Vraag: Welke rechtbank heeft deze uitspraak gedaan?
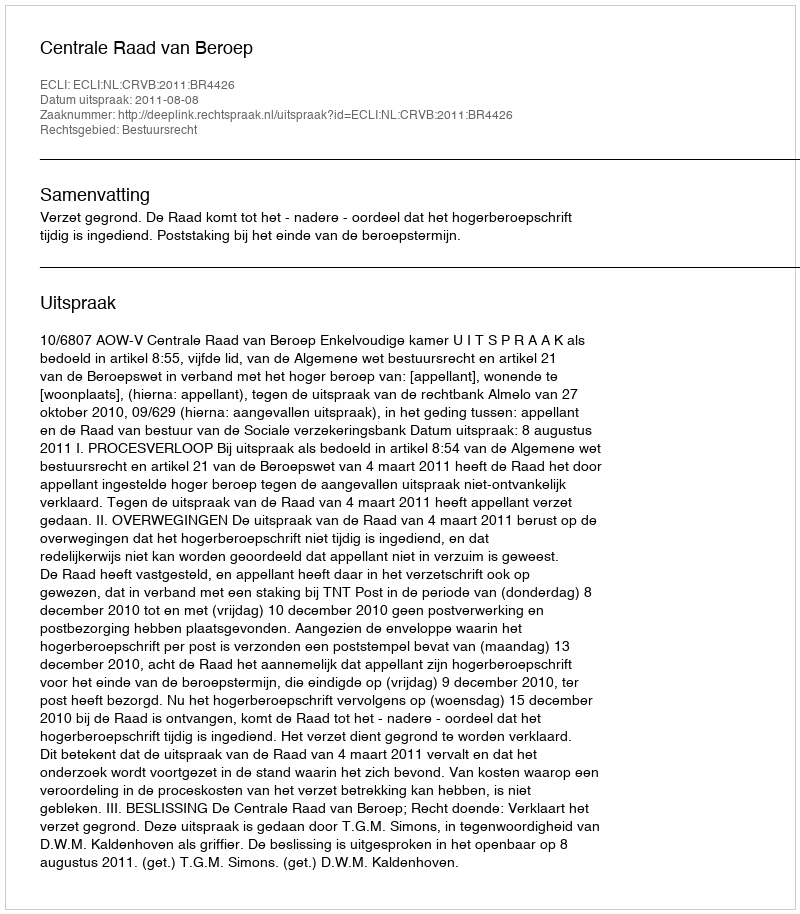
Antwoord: Centrale Raad van Beroep